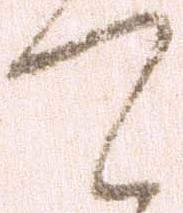
て